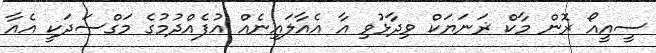
ސީއީއޯ ޜޮން މާކް ޜަނަޔަކް ވިދާޅުވި އާ އެއާލައިނެއް އުފެއްދުމުގެ މަގްސަދަކީ އެއާ